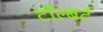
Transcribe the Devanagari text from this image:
टॉल्बर्ट